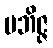
ပဘိဇ္ဇ